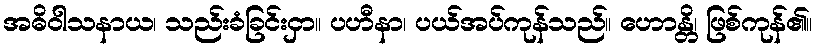
အဓိဝါသနာယ၊ သည်းခံခြင်းငှာ။ ပဟီနာ၊ ပယ်အပ်ကုန်သည်။ ဟောန္တိ၊ ဖြစ်ကုန်၏။